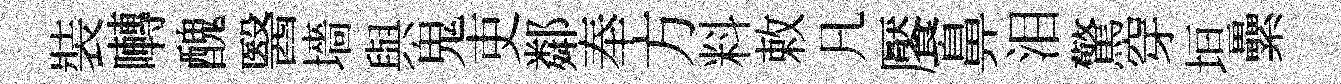
裝囀醜醫墻與鬼吏鄰奉方料敕凡饜鼻泪驚穿垣纍